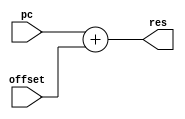
module offset_incrementer(
    input [31:0] pc,
    input [31:0] offset,
    output [31:0] res
);
    assign res = pc + offset;
endmodule